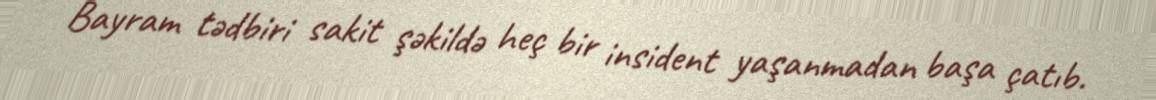
Bayram tədbiri sakit şəkildə heç bir insident yaşanmadan başa çatıb.